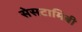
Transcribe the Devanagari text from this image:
सेसटामिबी